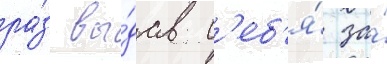
ра́з вы́дав с'еб'я́ за́